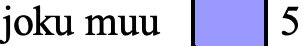
joku muu 5